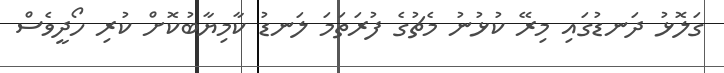
ގަލޮޅު ދަނޑުގައި މިރޭ ކުޅުނު މެޗުގެ ފުރަތަމަ ލަނޑު ކާމިޔާބުކޮށް ކުރި ހޯދީވެސް